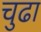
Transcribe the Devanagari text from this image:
चुढा